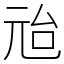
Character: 兘